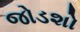
જોડશો